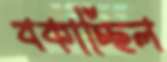
বকাচ্ছিল